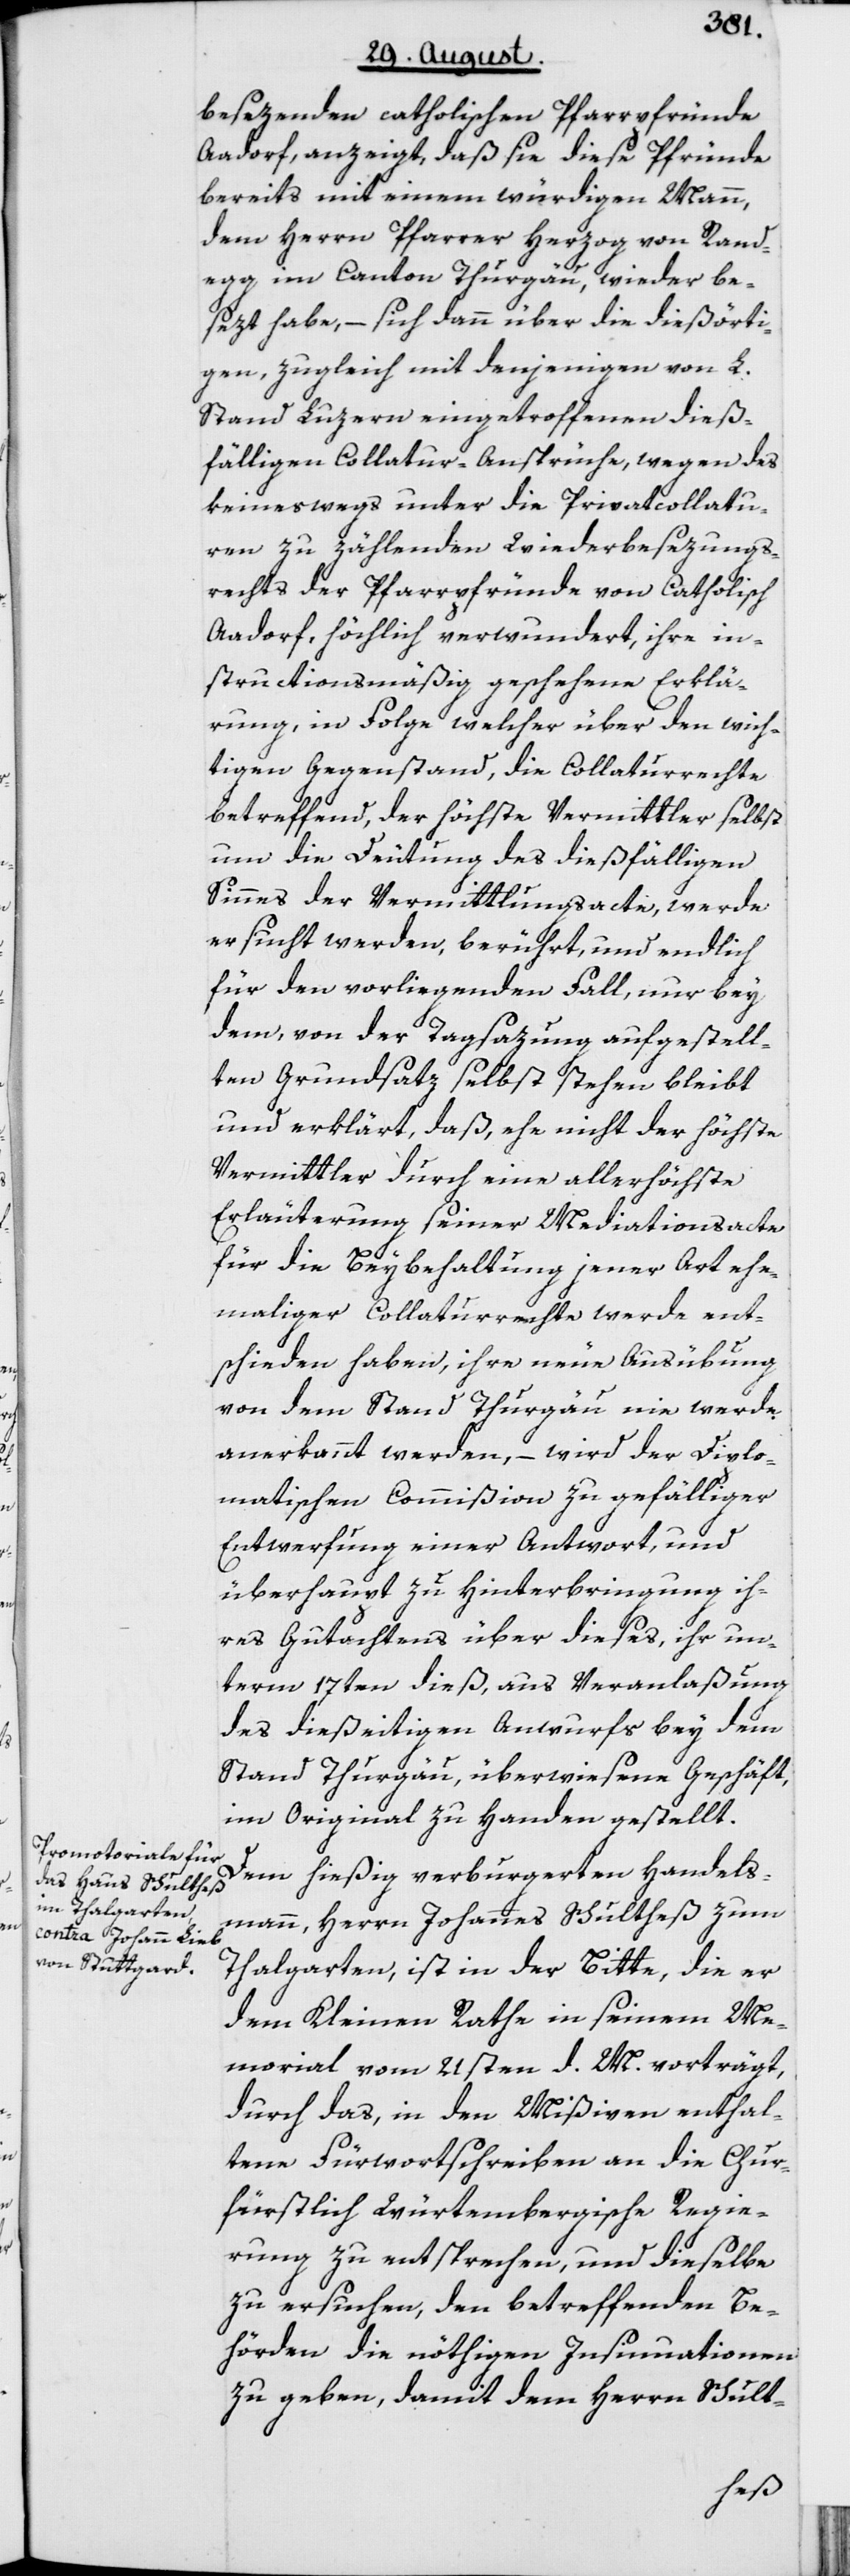
besezenden catholischen Pfarrpfründe
Aadorf, anzeigt, daß sie diese Pfründe
bereits mit einem würdigen Mann,
dem Herrn Pfarrer Herzog von Rand¬
egg im Canton Thurgau, wieder be¬
sezt habe, – sich dann über die dießörti¬
gen, zugleich mit denjenigen von L.
Stand Luzern eingetroffenen dieß¬
fälligen Collatur-Ansprüche, wegen des
keineswegs unter die Privatcollatu¬
ren zu zählenden Wiederbesezungs¬
rechts der Pfarrpfründe von Catholisch
Aadorf, höchlich verwundert, ihre in¬
structionsmäßig geschehene Erklä¬
rung, in Folge welcher über den wich¬
tigen Gegenstand, die Collaturrechte
betreffend, der höchste Vermittler selbst
um die Deutung des dießfälligen
Sinnes der Vermittlungsacte, werde
ersucht werden, berührt, und endlich
für den vorliegenden Fall, nur bey
dem, von der Tagsazung aufgestell¬
ten Grundsatz selbst stehen bleibt
und erklärt, daß, ehe nicht der höchste
Vermittler durch eine allerhöchste
Erläuterung seiner Mediationsacte
für die Beybehaltung jener Art ehe¬
maliger Collaturrechte werde ent¬
schieden haben, ihre neue Ausübung
von dem Stand Thurgau nie werde
anerkannt werden, – wird der Diplo¬
matischen Commißion zu gefälliger
Entwerfung einer Antwort, und
überhaupt zu Hinterbringung ih¬
res Gutachtens über dieses, ihr un¬
term 17ten dieß, aus Veranlaßung
des dießeitigen Anwurfs bey dem
Stand Thurgau, überwiesene Geschäft,
im Original zu Handen gestellt.
Dem hießig verburgerten Handels¬
mann, Herrn Johannes Schultheß zum
Thalgarten, ist in der Bitte, die er
dem Kleinen Rathe in seinem Me¬
morial vom 21sten d. M. vorträgt,
durch das, in den Mißiven enthal¬
tene Fürwortschreiben an die Chur¬
fürstlich Würtembergische Regie¬
rung zu entsprechen, und dieselbe
zu ersuchen, den betreffenden Be¬
hörden die nöthigen Insinuationen
zu geben, damit dem Herrn Schult-